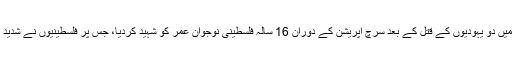
بین الاقوامی خبر رساں ادارے کے مطابق اسرائیلی فوج نے مغربی کنارے کے شہر نابلس میں دو یہودیوں کے قتل کے بعد سرچ آپریشن کے دوران 16 سالہ فلسطینی نوجوان عمر کو شہید کردیا، جس پر فلسطینیوں نے شدید احتجاج کیا، اسرائیلی فوج نے مظاہرین پر فائرنگ کرکے مزید 2 فلسطینیوں کو شہید کردیا۔